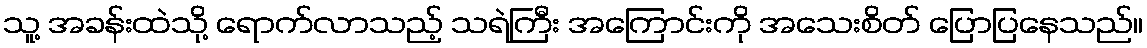
သူ့ အခန်းထဲသို့ ရောက်လာသည့် သရဲကြီး အကြောင်းကို အသေးစိတ် ပြောပြနေသည်။